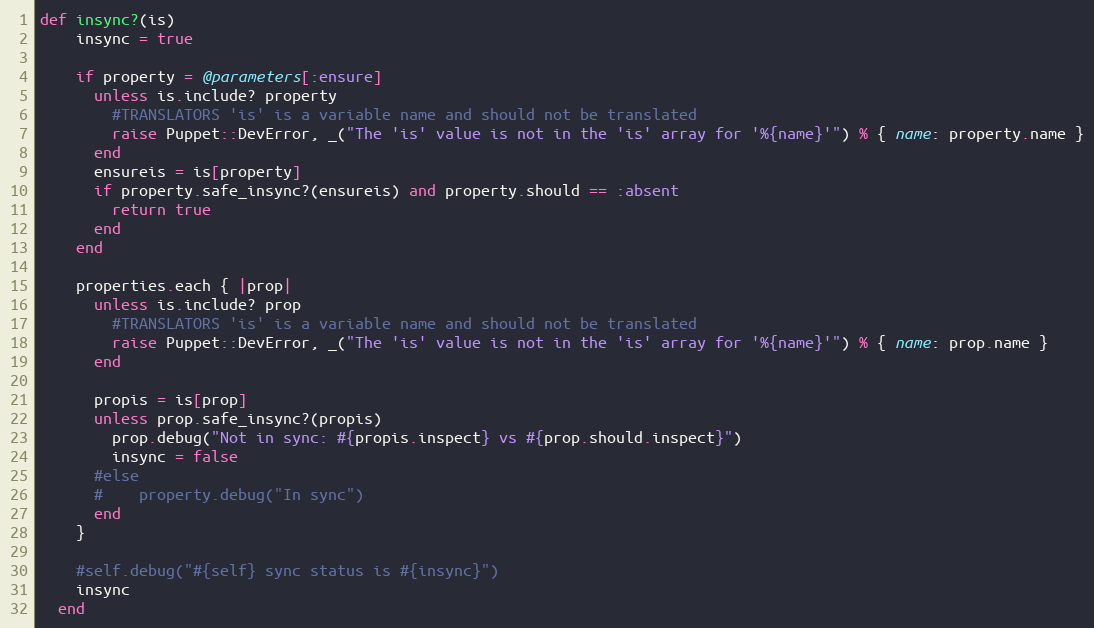
Language: Ruby
def insync?(is)
    insync = true

    if property = @parameters[:ensure]
      unless is.include? property
        #TRANSLATORS 'is' is a variable name and should not be translated
        raise Puppet::DevError, _("The 'is' value is not in the 'is' array for '%{name}'") % { name: property.name }
      end
      ensureis = is[property]
      if property.safe_insync?(ensureis) and property.should == :absent
        return true
      end
    end

    properties.each { |prop|
      unless is.include? prop
        #TRANSLATORS 'is' is a variable name and should not be translated
        raise Puppet::DevError, _("The 'is' value is not in the 'is' array for '%{name}'") % { name: prop.name }
      end

      propis = is[prop]
      unless prop.safe_insync?(propis)
        prop.debug("Not in sync: #{propis.inspect} vs #{prop.should.inspect}")
        insync = false
      #else
      #    property.debug("In sync")
      end
    }

    #self.debug("#{self} sync status is #{insync}")
    insync
  end